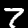
Digit: 7